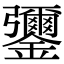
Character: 䥸